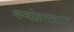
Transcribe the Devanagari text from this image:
कनोहरलाल